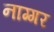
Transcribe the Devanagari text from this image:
नाग्गर